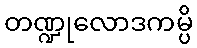
တဏ္ဍုလောဒကမ္ပိ